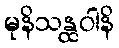
မုနိသန္ထဝါနိ